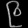
Digit: ၉